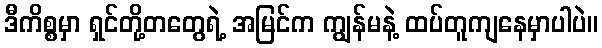
ဒီကိစ္စမှာ ရှင်တို့တတွေရဲ့ အမြင်က ကျွန်မနဲ့ ထပ်တူကျနေမှာပါပဲ။